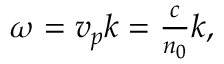
\begin{array} { r } { \omega = v _ { p } k = \frac { c } { n _ { 0 } } k , } \end{array}